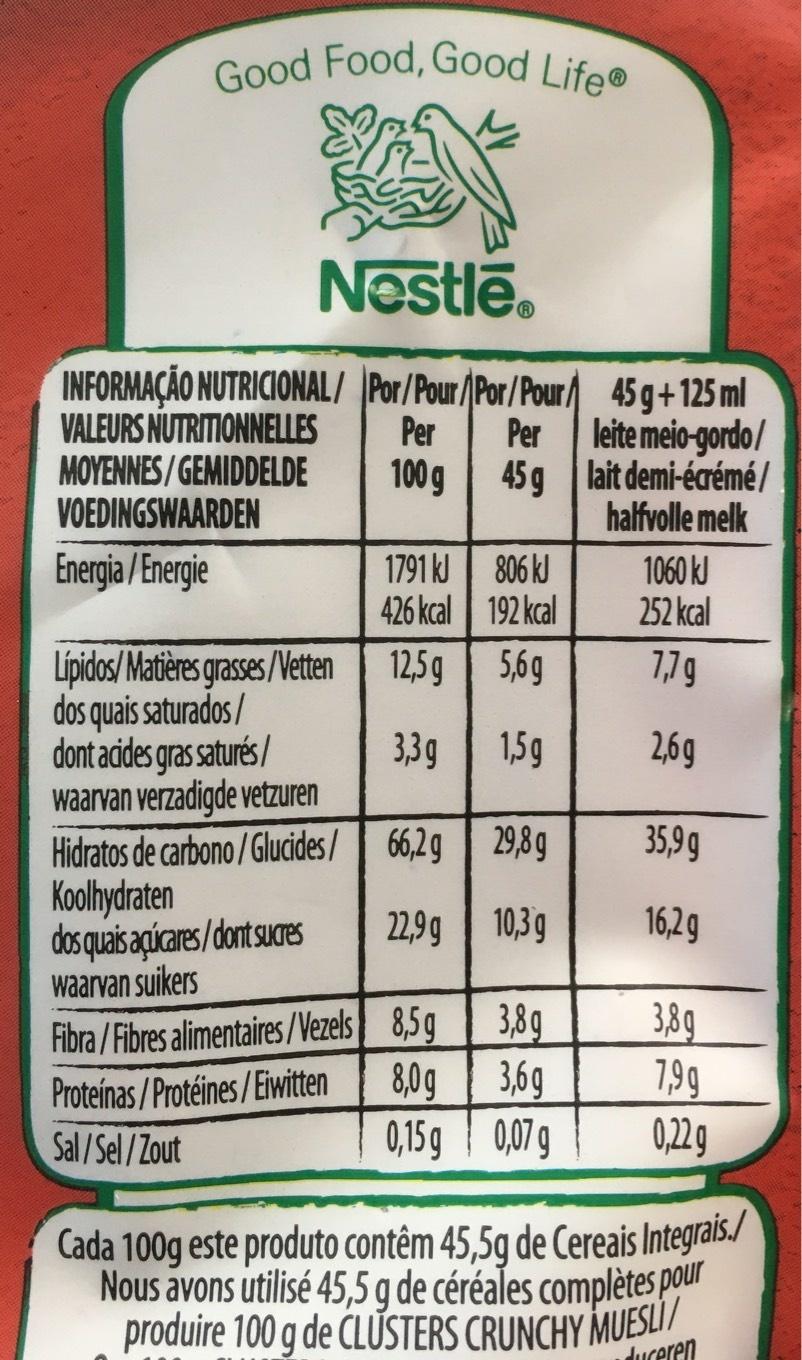
Good Food, Good Life
INFORMAÇÃO NUTRICIONAL/
VALEURS NUTRITIONNELLES
MOYENNES/GEMIDDELDE
VOEDINGSWAARDEN
Energia/Energie
Nestle.
Sal/Sel/Zout
Lípidos/Matières grasses/Vetten dos quais saturados/
dont acides gras saturés/ waarvan verzadigde vetzuren
Hidratos de carbono/Glucides/
Koolhydraten
dos quais açúcares/dont sucres waarvan suikers
Fibra/Fibres alimentaires/Vezels
Proteínas/Protéines/Eiwitten
Por/Pour/Por/Pour
Per 100g
1791 kJ
426 kcal
12,5g
3,3g
66,2 g
22,9 g
Per
45 g
806 kJ
192 kcal
5,6q
1,5g
29,8g
10,3 g
8,5g 3,8g
8,0g 3,6g
0,15 g 0,07 g
45 g+125 ml leite meio-gordo/ lait demi-écrémé/
halfvolle melk
1060 kJ
252 kcal
7,7 g
2,6g
35,9g
16,2 g
3,8g
7,9g
0,22g
Cada 100g este produto contêm 45,5g de Cereais Integrais./ Nous avons utilisé 45,5 g de céréales complètes pour produire 100 g de CLUSTERS CRUNCHY MUESLI
duceren